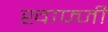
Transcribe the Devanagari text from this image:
खाफ्जी